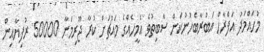
މުހައްމަދު އަފްރާހް އަބުރާބެހުނުކަން ސާބިތުވެ އެމީހެއްގެ މައްޗަށް ކުރާ ޖޫރިމަނާ 50000 ރުފިޔާއިން